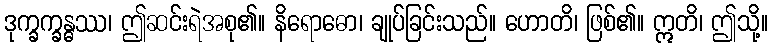
ဒုက္ခက္ခန္ဓဿ၊ ဤဆင်းရဲအစု၏။ နိရောဓော၊ ချုပ်ခြင်းသည်။ ဟောတိ၊ ဖြစ်၏။ ဣတိ၊ ဤသို့။